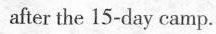
after the 15-days camp.